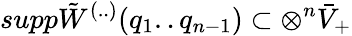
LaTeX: supp\tilde{W}^{(..)}(q_{1}..q_{n-1})\subset\otimes^{n}\bar{V}_{+}